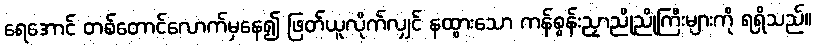
ရေအောင် တစ်တောင်လောက်မှနေ၍ ဖြတ်ယူလိုက်လျှင် နထွားသော ကန်စွန်းညှာညိုညိုကြီးများကို ရရှိသည်။